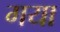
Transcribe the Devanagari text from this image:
गया